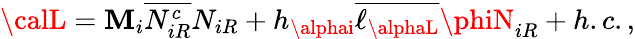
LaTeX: {\calL}=\mathbf{M}_{i}\overline{{{{N_{iR}^{c}}}}}N_{iR}+h_{\alphai}\overline{{{{\ell_{\alphaL}}}}}\phiN_{iR}+h.c.,